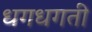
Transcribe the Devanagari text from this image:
धगधगती